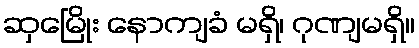
ဆှမြေိုး နောကျခံ မရှိ၊ ဂုဏျမရှိ။